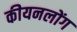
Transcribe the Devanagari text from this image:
कीयनलोंग